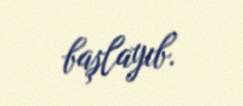
başlayıb.